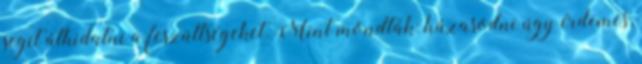
segít áthidalni a feszültségeket. Mint mondták: házasodni úgy érdemes,